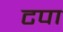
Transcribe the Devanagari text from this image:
टपा